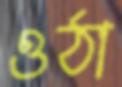
ওঠা